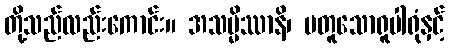
တို့သည်လည်းကောင်း။ အသမ္မိဿာနိ၊ မတူသောရူပါရုံနှင့်